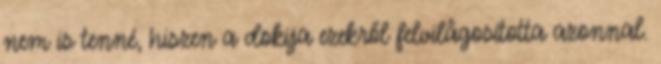
nem is tenné, hiszen a dokija ezekről felvilâgosította azonnal.